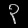
Digit: ၃